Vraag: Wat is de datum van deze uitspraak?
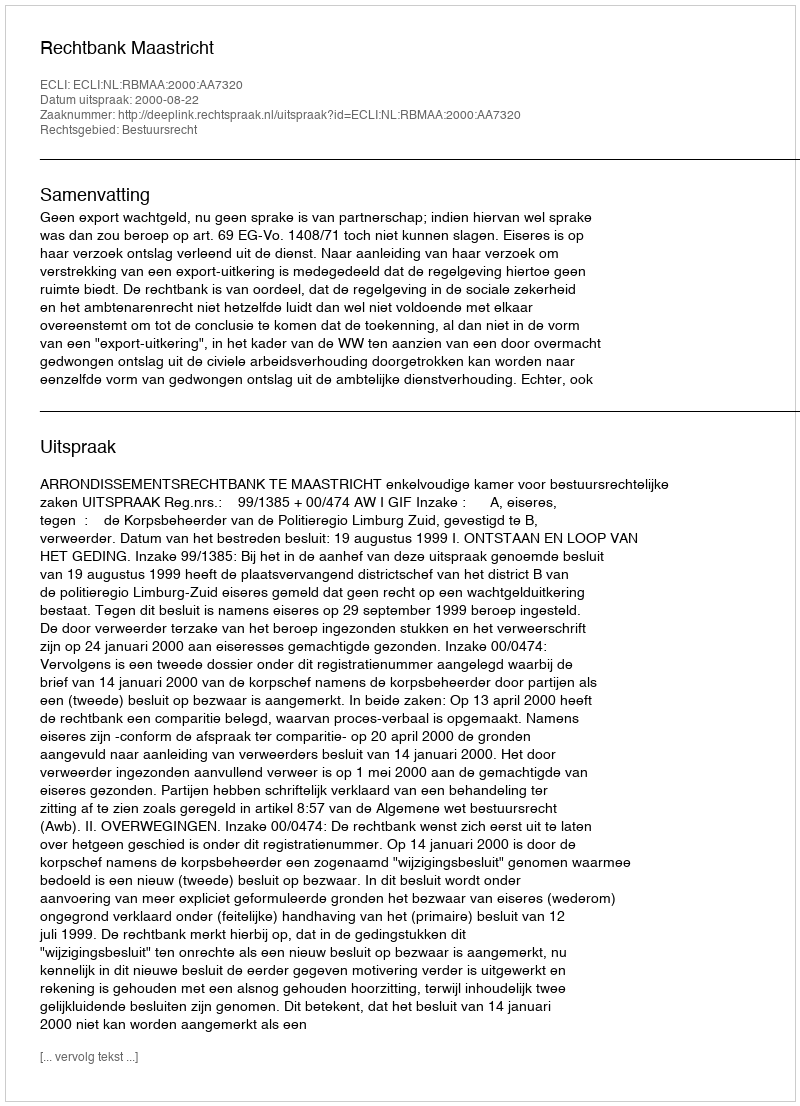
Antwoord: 2000-08-22